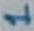
Text: 1